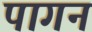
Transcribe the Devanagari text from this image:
पागन